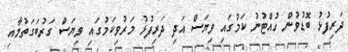
ދަރިފުޅު ބޮޑުވުން ހުއްޓުނު ކަމުގައި ވިޔަސް އަދި ދަރިފުޅު މަރުވިކަމުގައި ވިޔަސް ގަރުބަގަތުމާއި